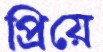
প্রিয়ে